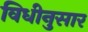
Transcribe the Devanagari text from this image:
विधीनुसार